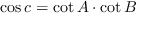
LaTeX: \cos c = \cot A \cdot \cot B